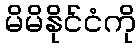
မိမိနိုင်ငံကို